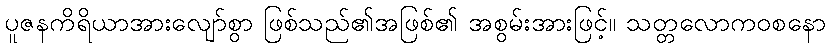
ပူဇနကိရိယာအားလျော်စွာ ဖြစ်သည်၏အဖြစ်၏ အစွမ်းအားဖြင့်။ သတ္တလောကဝစနော